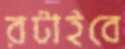
রটাইবে